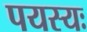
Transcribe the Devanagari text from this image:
पयस्यः